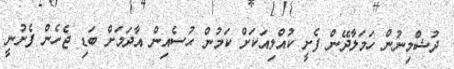
ދުޝްމިނުން ހަމަލާދޭން ފެށީ ކުއްލިއަކަށް ކަމުން ޙުސެއިން އާދަމަށް ބަޑި ޖެހެން ފެށުނީ